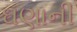
ઘણાની